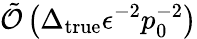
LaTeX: \tilde{\mathcal{O}}\left(\Delta_{\mathrm{true}}\epsilon^{-2}p_{0}^{-2}\right)